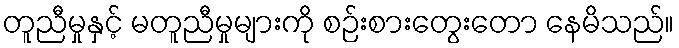
တူညီမှုနှင့် မတူညီမှုများကို စဉ်းစားတွေးတော နေမိသည်။